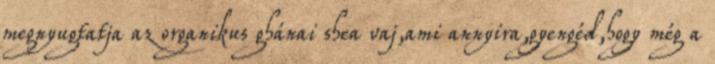
megnyugtatja az organikus ghánai shea vaj,ami annyira,gyengéd,hogy még a